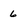
Character: 6